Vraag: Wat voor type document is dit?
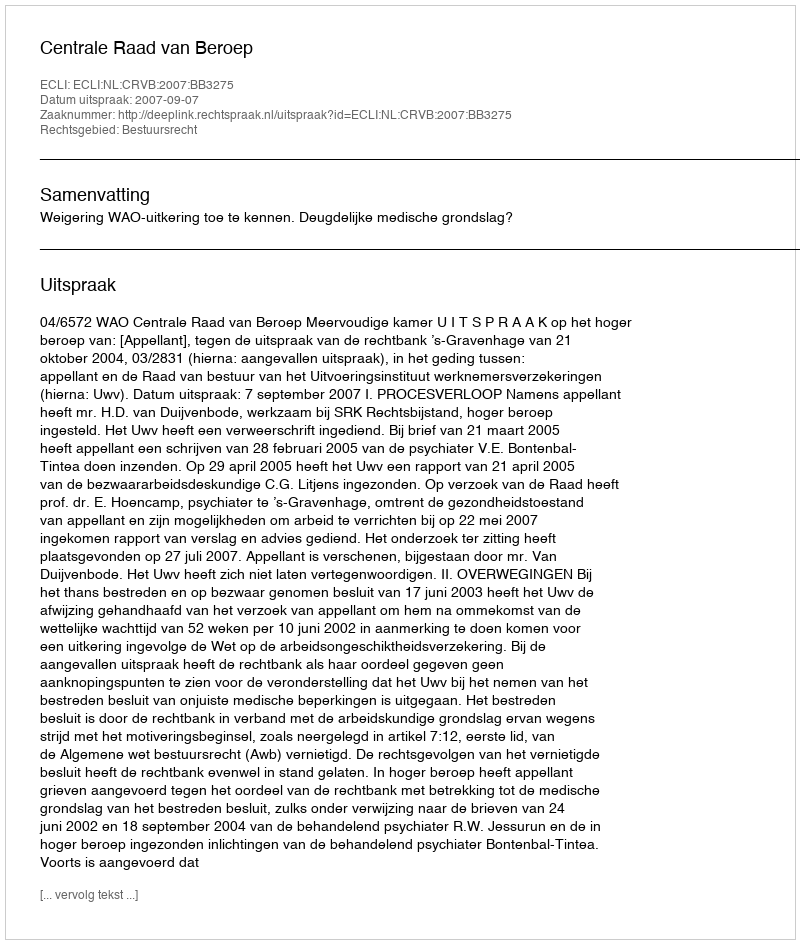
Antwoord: Uitspraak